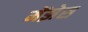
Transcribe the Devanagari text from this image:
मेंझेस